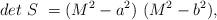
LaTeX: \begin{align*}det~S~ = (M^2 - a^2)~(M^2 - b^2), \qquad\end{align*}